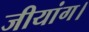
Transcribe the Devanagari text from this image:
जीयांग।